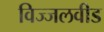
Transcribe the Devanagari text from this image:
विज्जलवीड